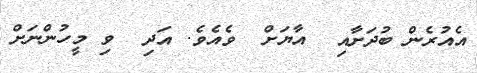
އެއުރެން ބުދަށާއި  އާޔަށް  ވެއެވެ. އަދި  ވި މީހުންނަށް